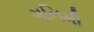
ગનિમી